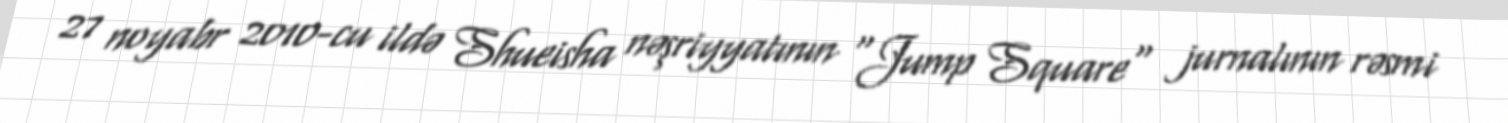
27 noyabr 2010-cu ildə Shueisha nəşriyyatının "Jump Square" jurnalının rəsmi